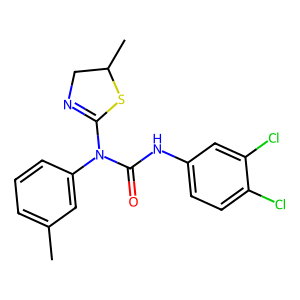
SMILES: Cc1cccc(N(C(=O)Nc2ccc(Cl)c(Cl)c2)C2=NCC(C)S2)c1
Inhibits HIV replication: No